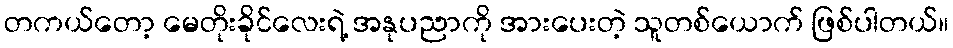
တကယ်တော့ မေတိုးခိုင်လေးရဲ့ အနုပညာကို အားပေးတဲ့ သူတစ်ယောက် ဖြစ်ပါတယ်။